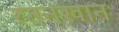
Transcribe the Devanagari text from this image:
रतनखान